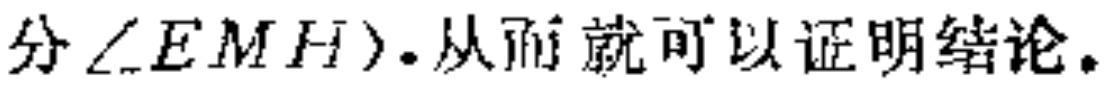
分\(\angle EMH\)). 从而就可以证明结论。